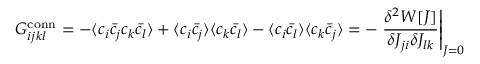
G _ { i j k l } ^ { \mathrm { c o n n } } = - \langle c _ { i } { \bar { c } } _ { j } c _ { k } { \bar { c } } _ { l } \rangle + \langle c _ { i } { \bar { c } } _ { j } \rangle \langle c _ { k } { \bar { c } } _ { l } \rangle - \langle c _ { i } { \bar { c } } _ { l } \rangle \langle c _ { k } { \bar { c } } _ { j } \rangle = - \left. { \frac { \delta ^ { 2 } W [ J ] } { \delta J _ { j i } \delta J _ { l k } } } \right| _ { J = 0 }